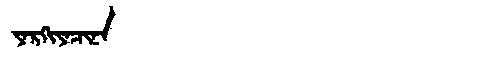
Manchu: ᠶᠠᡵᡴᡳᠶᠠᠴᡳᠨᠠ
Romanization: YARKIYACINA